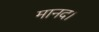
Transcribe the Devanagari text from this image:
मानद।